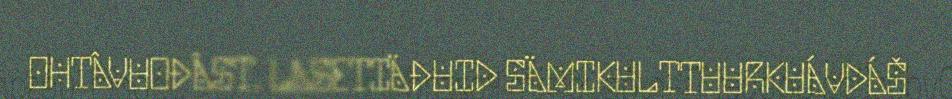
OHTÂVUOĐÂST. LASETIÄĐUID SÄMIKULTTUURKUÁVDÁŠ